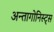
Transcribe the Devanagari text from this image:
अन्तागोनिस्ट्स